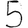
Digit: 5